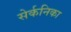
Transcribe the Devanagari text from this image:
सेर्कनिका